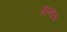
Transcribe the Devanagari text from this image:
ग्रान्डेस